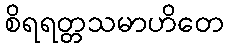
စိရရတ္တသမာဟိတေ